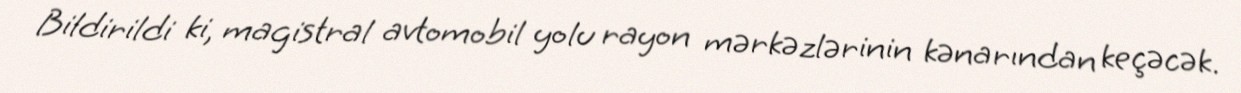
Bildirildi ki, magistral avtomobil yolu rayon mərkəzlərinin kənarından keçəcək.